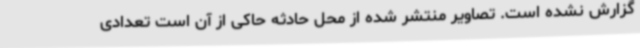
گزارش نشده است. تصاویر منتشر شده از محل حادثه حاکی از آن است تعدادی